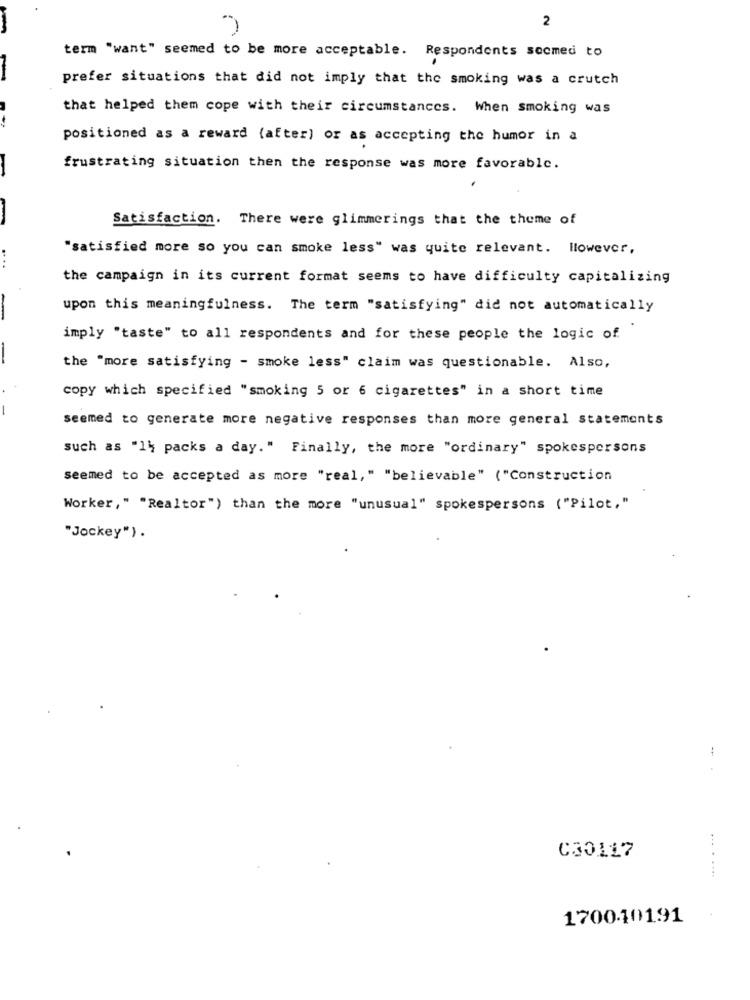
2
term "want" seemed to be more acceptable. Respondents socmed to
prefer situations that did not imply that the smoking was a crutch
that helped them cope with their circumstances. When smoking was
positioned as a reward (after) or as accepting the humor in a
frustrating situation then the response was more favorable.
Satisfaction. There were glimmerings that the theme of
"satisfied more so you can smoke less" was quite relevant. However,
the campaign in its current format seems to have difficulty capitalizing
upon this meaningfulness. The term "satisfying" did not automatically
imply "taste" to all respondents and for these people the logic of
the "more satisfying - smoke less" claim was questionable. Also,
copy which specified "smoking 5 or 6 cigarettes" in a short time
seemed to generate more negative responses than more general statements
such as "14 packs a day." Finally, the more "ordinary" spokespersons
seemed to be accepted as more "real," "believable" ("Construction
Worker," "Realtor") than the more "unusual" spokespersons ("Pilot,"
"Jockey").
..
C30117
170010191